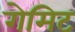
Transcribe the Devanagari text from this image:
गेमिट